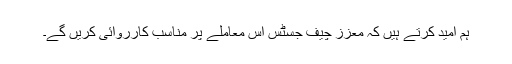
ہم امید کرتے ہیں کہ معزز چیف جسٹس اس معاملے پر مناسب کارروائی کریں گے۔